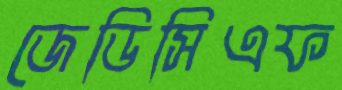
জেডিসিএফ